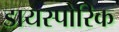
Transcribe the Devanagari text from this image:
डायस्पोरिक